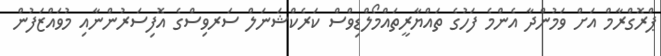
ޕްރޮގްރާމް އަށް ވަމުންދާ އެންމެ ފަހުގެ ތައްޔާރީތައްމޯލްޑިވްސް ކަރެކްޝަނަލް ސަރވިސްގެ އޮފިސަރުންނާއި މުވައްޒަފުން